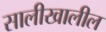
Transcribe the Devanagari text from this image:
सालीखालील